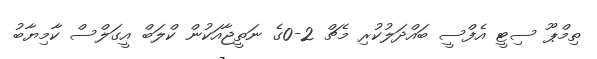
ތިމްޕޫ ސިޓީ އެފްސީ ބައްދަލުކުރި މެޗް 2-0ގެ ނަތީޖާއަކުން ކްލަބް އީގަލްސް ކާމިޔާބު